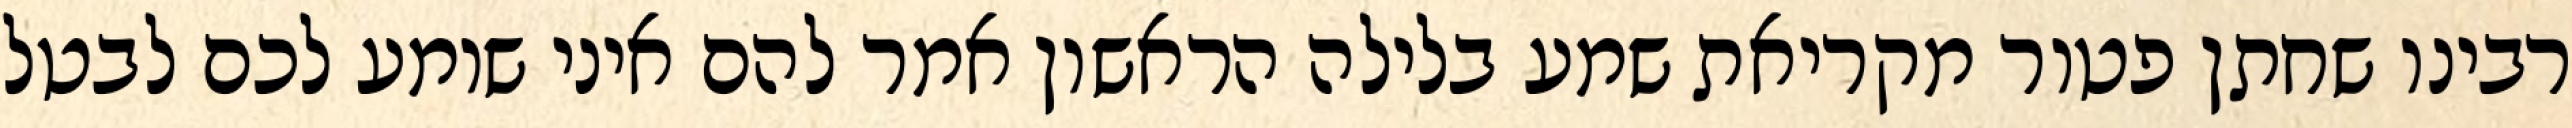
רבינו שחתן פטור מקריאת שמע בלילה הראשון אמר להם איני שומע לכם לבטל